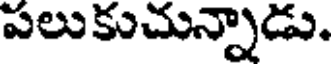
పలుకుచున్నాడు.